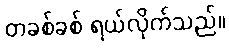
တခစ်ခစ် ရယ်လိုက်သည်။